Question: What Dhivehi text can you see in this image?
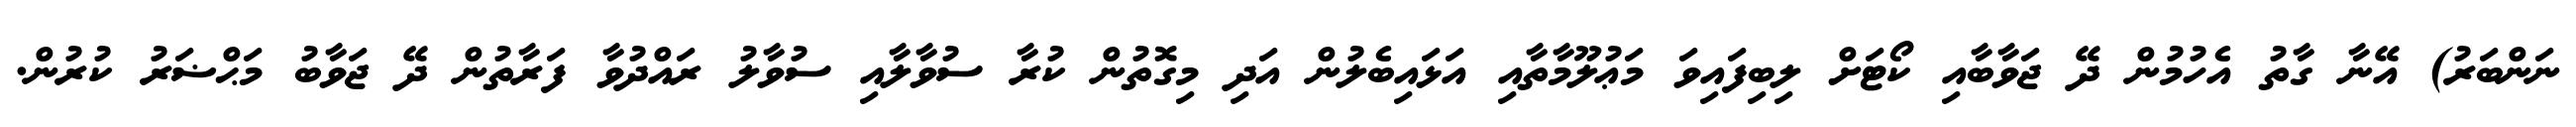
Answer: ނަންބަރު) އޭނާ ގާތު އެހުމުން ދޭ ޖަވާބާއި ކޯޓަށް ލިބިފައިވަ މަޢުލޫމާތާއި އަޅައިބެލުން އަދި މިގޮތުން ކުރާ ސުވާލާއި ސުވާލު ރައްދުވާ ފަރާތުން ދޭ ޖަވާބު މަޙްޟަރު ކުރުން.